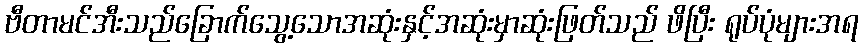
ဗီတာမင်အီးသည်ခြောက်သွေ့သောအဆုံးနှင့်အဆုံးမှာဆုံးဖြတ်သည် ဖိပြီး ရုပ်ပုံများအရ